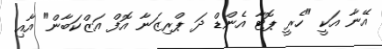
އޭނާ އަކީ "ހެރީ ޕޮޓާ އެންޑް ދަ ޕްރިޒަނާ އޮފް އަޒްކަބާން" އާއި